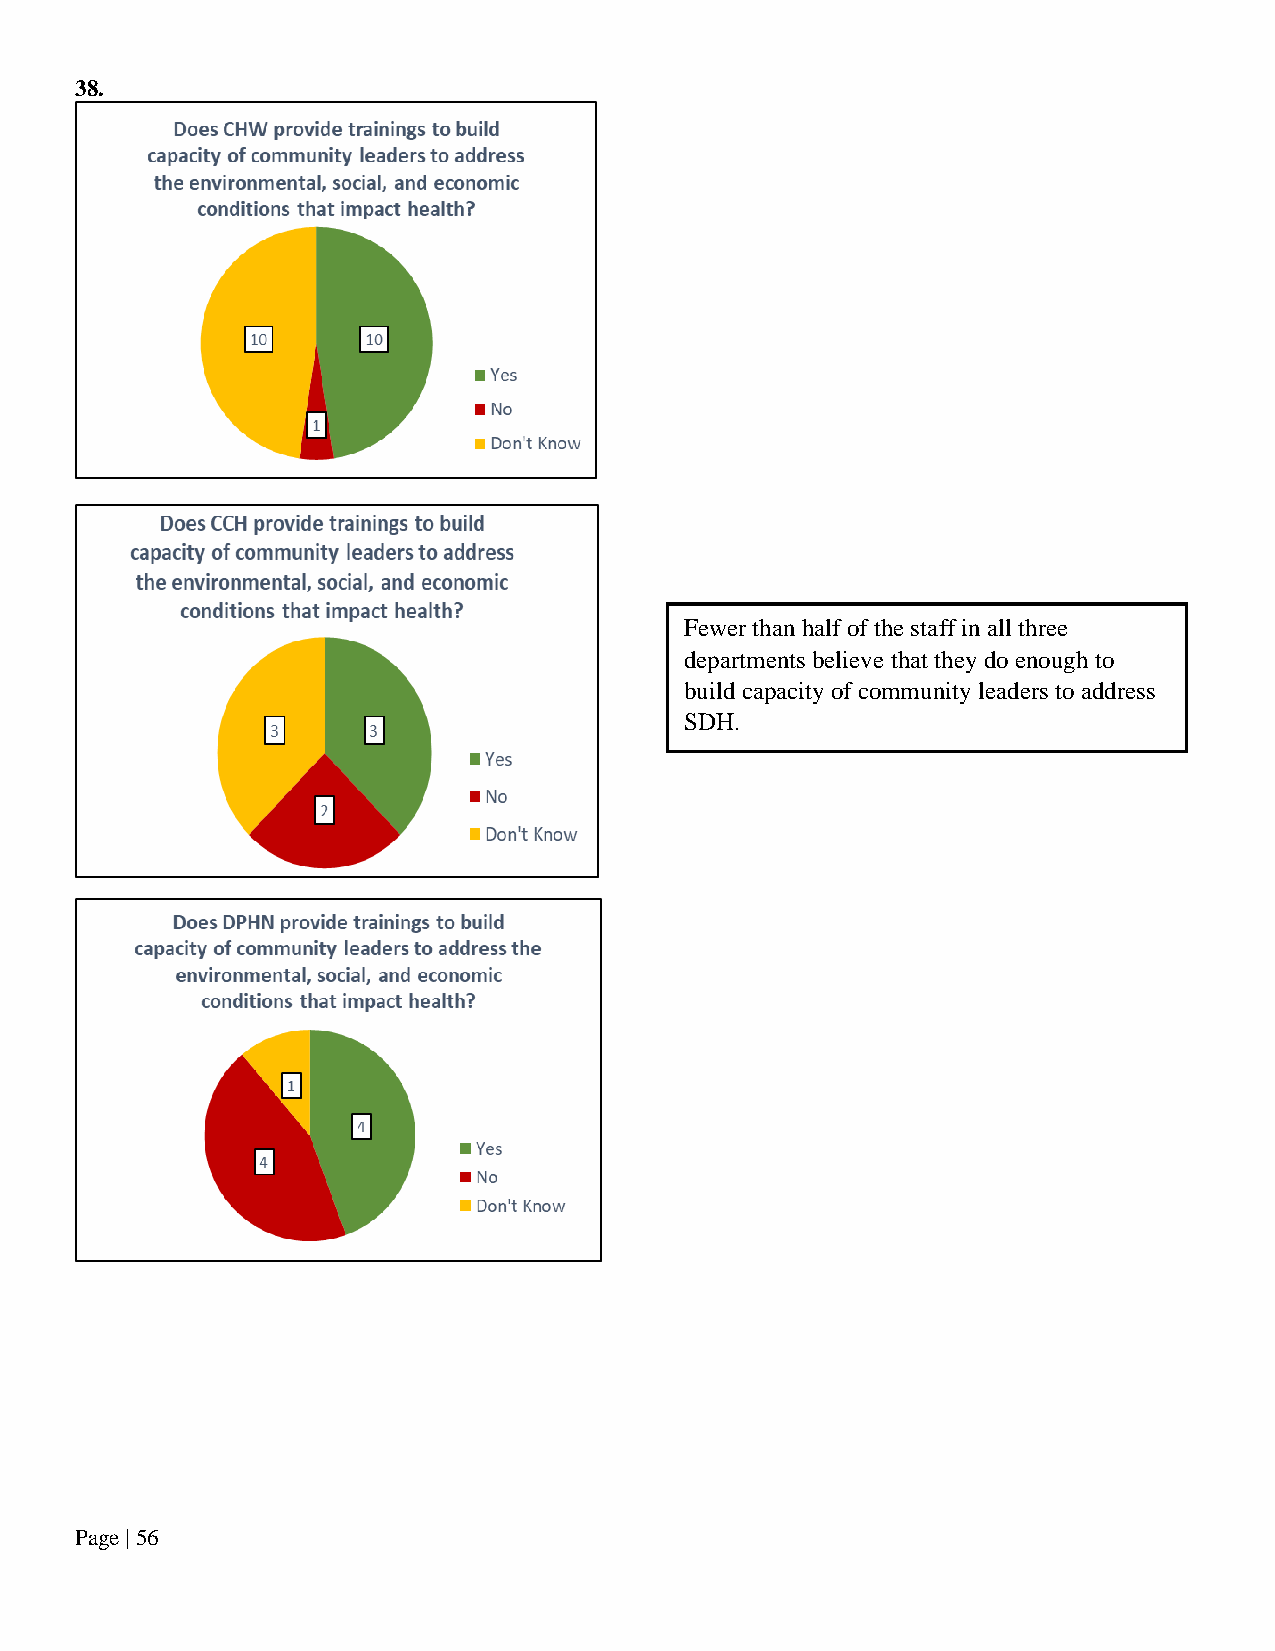
38.
 Fewer than half of the staff in all three
 departments believe that they do enough to
 build capacity of community leaders to address
 SDH.
 Page | 56